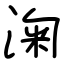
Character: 淗